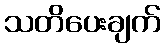
သတိပေးချက်